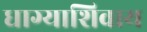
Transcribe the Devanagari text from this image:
धाग्याशिवाय